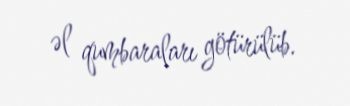
əl qumbaraları götürülüb.